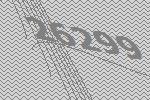
26299